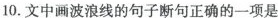
10.文中画波浪线的句子断句正确的一项是